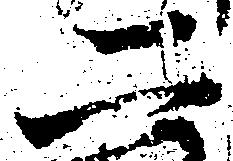
二